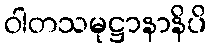
ဝါတသမုဋ္ဌာနာနိပိ